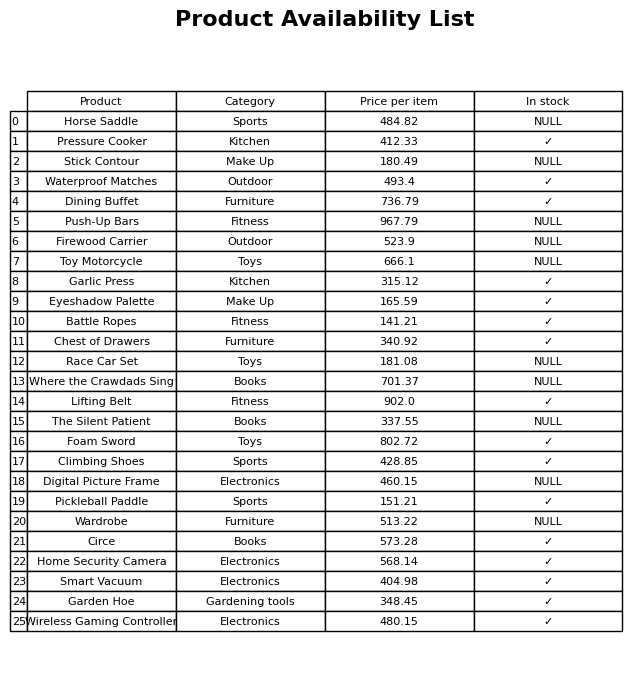
question: What is the price of the Smart Vacuum?
answer: The price of Smart Vacuum is 404.98.